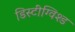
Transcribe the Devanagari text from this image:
डिस्टींग्विश्ड